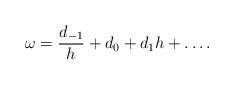
\begin{align*}\omega = \frac{d_{-1}}{h} + d_0 + d_1 h + \ldots.\end{align*}